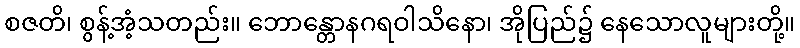
စဇတိ၊ စွန့်အံ့သတည်း။ ဘောန္တောနဂရဝါသိနော၊ အိုပြည်၌ နေသောလူများတို့။